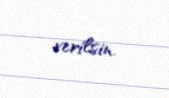
verilsin.